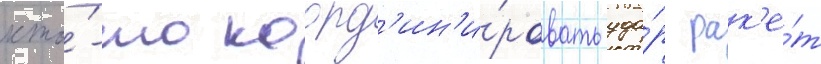
кто́-то коорд'ин'и́ровать уда́р рак'е́т